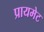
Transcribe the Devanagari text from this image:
प्रायमेट